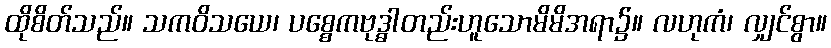
ထိုစိတ်သည်။ သကဝိသယေ၊ ပစ္စေကဗုဒ္ဓါတည်းဟူသောမိမိအရာ၌။ လဟုကံ၊ လျှင်စွာ။